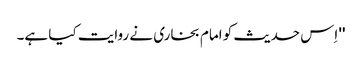
'' اِس حدیث کو امام بخاری نے روایت کیا ہے۔